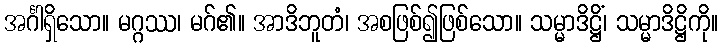
အင်္ဂါရှိသော။ မဂ္ဂဿ၊ မဂ်၏။ အာဒိဘူတံ၊ အစဖြစ်၍ဖြစ်သော။ သမ္မာဒိဋ္ဌိံ၊ သမ္မာဒိဋ္ဌိကို။